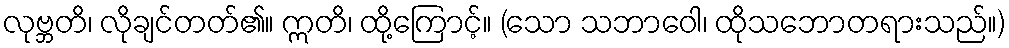
လုဗ္ဘတိ၊ လိုချင်တတ်၏။ ဣတိ၊ ထို့ကြောင့်။ (သော သဘာဝေါ၊ ထိုသဘောတရားသည်။)